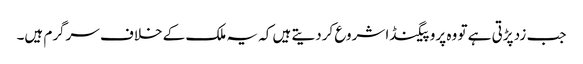
جب زد پڑتی ہے تو وہ پروپیگنڈا شروع کردیتے ہیں کہ یہ ملک کے خلاف سرگرم ہیں۔